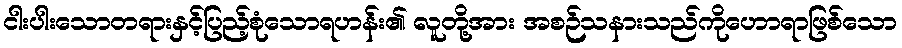
ငါးပါးသောတရားနှင့်ပြည့်စုံသောရဟန်း၏ လူတို့အား အစဉ်သနားသည်ကိုဟောရာဖြစ်သော